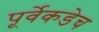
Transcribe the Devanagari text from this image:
पूर्वेकडेच